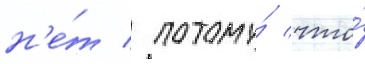
н'е́т / потому́ что́